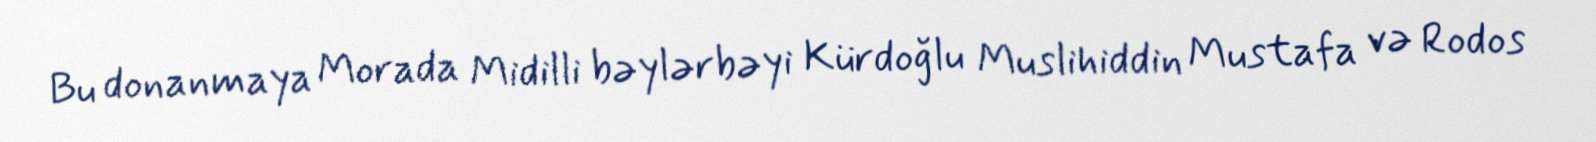
Bu donanmaya Morada Midilli bəylərbəyi Kürdoğlu Muslihiddin Mustafa və Rodos